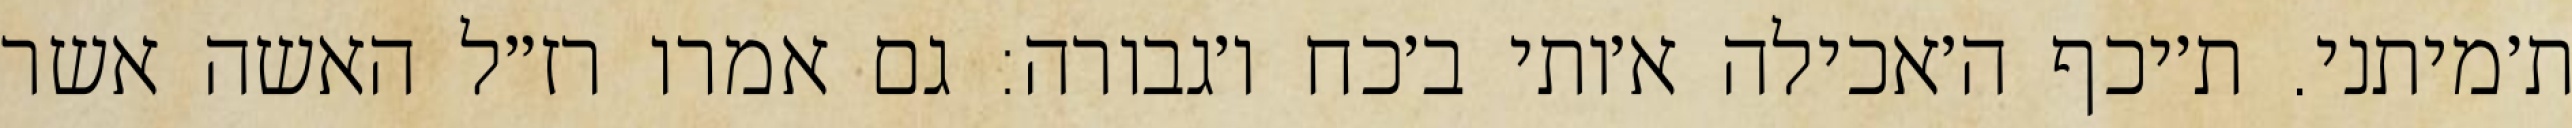
ת׳מיתני. ת׳יכף ה׳אכילה א׳ותי ב׳כח ו׳גבורה: גם אמרו רז״ל האשה אשר